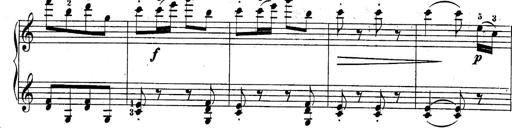
Title: 10 Sonatines progressives
Composer: Anton Schmoll